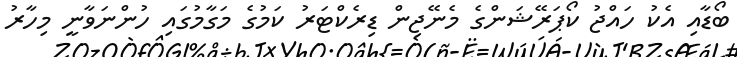
ބޯޑާއި އެކު ހައްޖު ކޯޕަރޭޝަންގެ މެނޭޖިން ޑިރެކްޓަރު ކަމުގެ މަގާމުގައި ހުންނަވާނީ މިހާރު